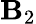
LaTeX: \mathbf{B}_{2}